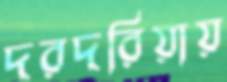
দরদরিয়ায়